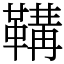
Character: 鞲